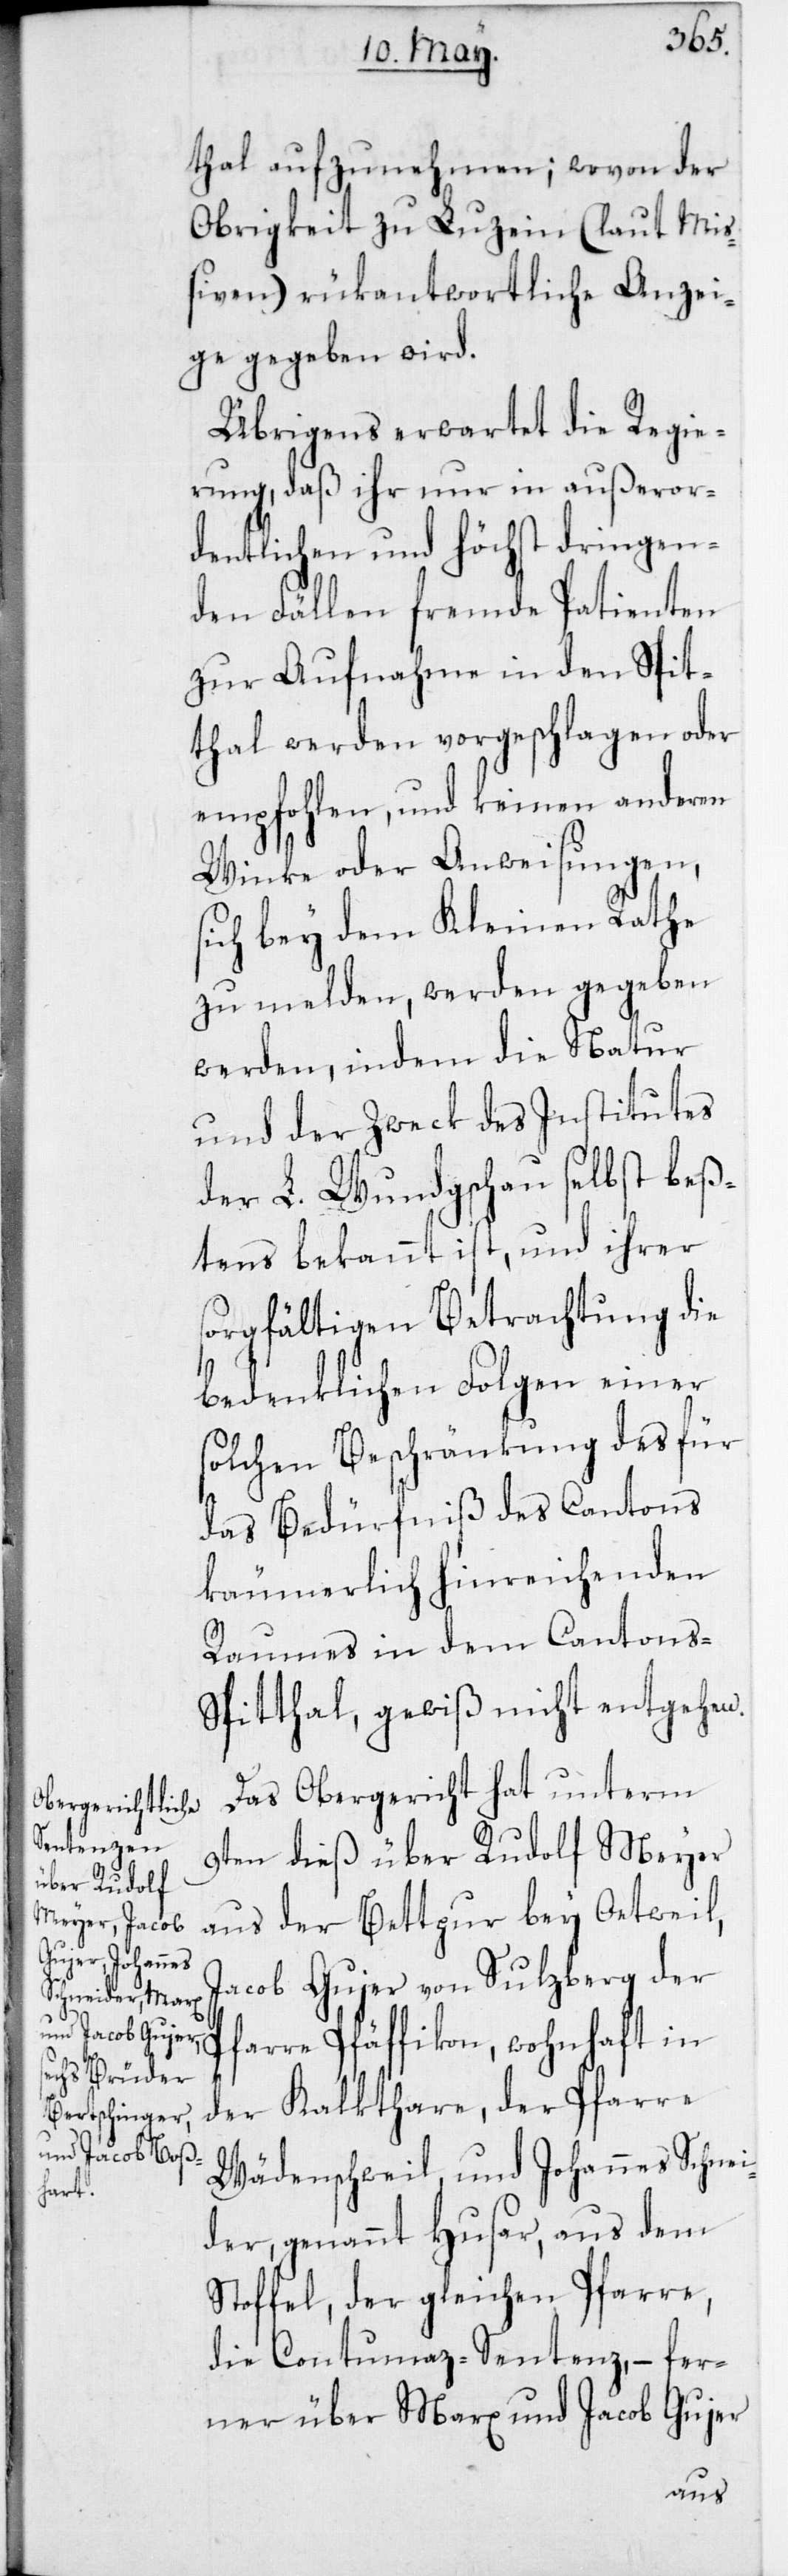
thal aufzunehmen; wovon der
Obrigkeit zu Luzein (laut Mi¬
ßiven) rükantwortliche Anzei¬
ge gegeben wird.
Übrigens erwartet die Regie¬
rung, daß ihr nur in außeror¬
dentlichen und höchst dringen¬
den Fällen fremde Patienten
zur Aufnahme in den Spit¬
thal werden vorgeschlagen oder
empfohlen, und keinen anderen
Winke oder Anweisungen,
sich bey dem Kleinen Rathe
zu melden, werden gegeben
werden, indem die Natur
und der Zweck des Institutes
der L. Wundgschau selbst beß¬
tens bekannt ist, und ihrer
sorgfältigen Betrachtung die
bedenklichen Folgen einer
solchen Beschränkung des für
das Bedürfniß des Cantons
käumerlich hinreichenden
Raumes in dem Cantons-S¬
pitthal, gewiß nicht entgehen.
Das Obergericht hat unterm
9ten dieß über Rudolf Meyer
aus der Bettpur bey Oetweil;
Jacob Gujer von Sulzberg der
Pfarre Pfäffikon, wohnhaft in
der Kalkthare der Pfarre
Wädenschweil; und Johannes Schnei¬
der, genannt Husar, aus dem
Stoffel der gleichen Pfarre,
die Contumaz-Sentenz, – fer¬
ner über Marx und Jacob Gujer